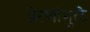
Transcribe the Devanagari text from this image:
प्रेरणांमुळे